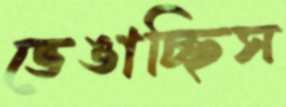
ভেঙাচ্ছিস